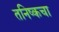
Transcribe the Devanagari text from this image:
तनिष्कचा